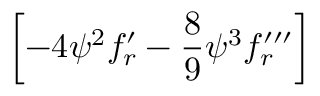
\left[ - 4 { \psi } ^ { 2 } f _ { r } ^ { \prime } - { \frac { 8 } { 9 } } { \psi } ^ { 3 } f _ { r } ^ { \prime \prime \prime } \right]